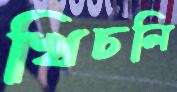
খিচলি